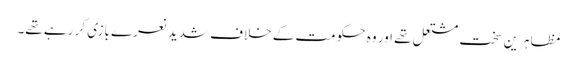
مظاہرین سخت مشتعل تھے اور وہ حکومت کے خلاف شدید نعرے بازی کر رہے تھے۔